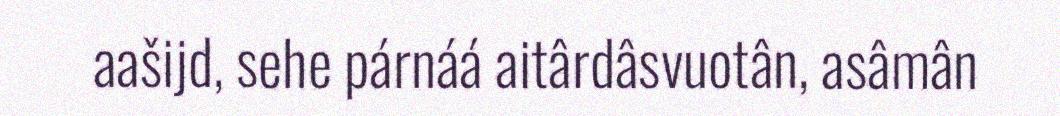
aašijd, sehe párnáá aitârdâsvuotân, asâmân